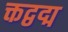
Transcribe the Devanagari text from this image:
क्तद्वद्म